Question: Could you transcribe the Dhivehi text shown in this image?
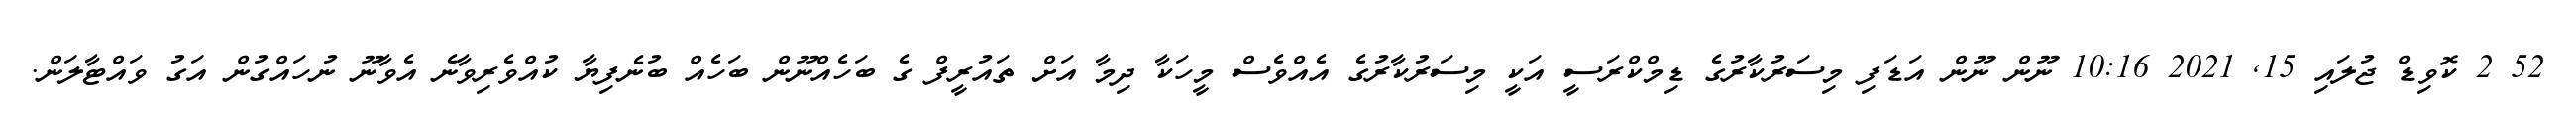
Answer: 52 2 ކޮވިޑް ޖުލައި 15, 2021 10:16 ނޫން ނޫން އަޑަފި މިސަރުކާރުގެ ޑިމްކްރަސީ އަކީ މިސަރުކާރުގެ އެއްވެސް މީހަކާ ދިމާ އަށް ތައުރީފް ގެ ބަހެއްނޫން ބަހެއް ބުނެފިޔާ ކުއްވެރިވާނެ އެވާނޫ ނުހައްގުން އަގު ވައްޓާލަން.